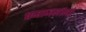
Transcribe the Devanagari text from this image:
प्रजाजनांनो